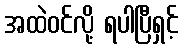
အထဲဝင်လို့ ရပါပြီရှင့်